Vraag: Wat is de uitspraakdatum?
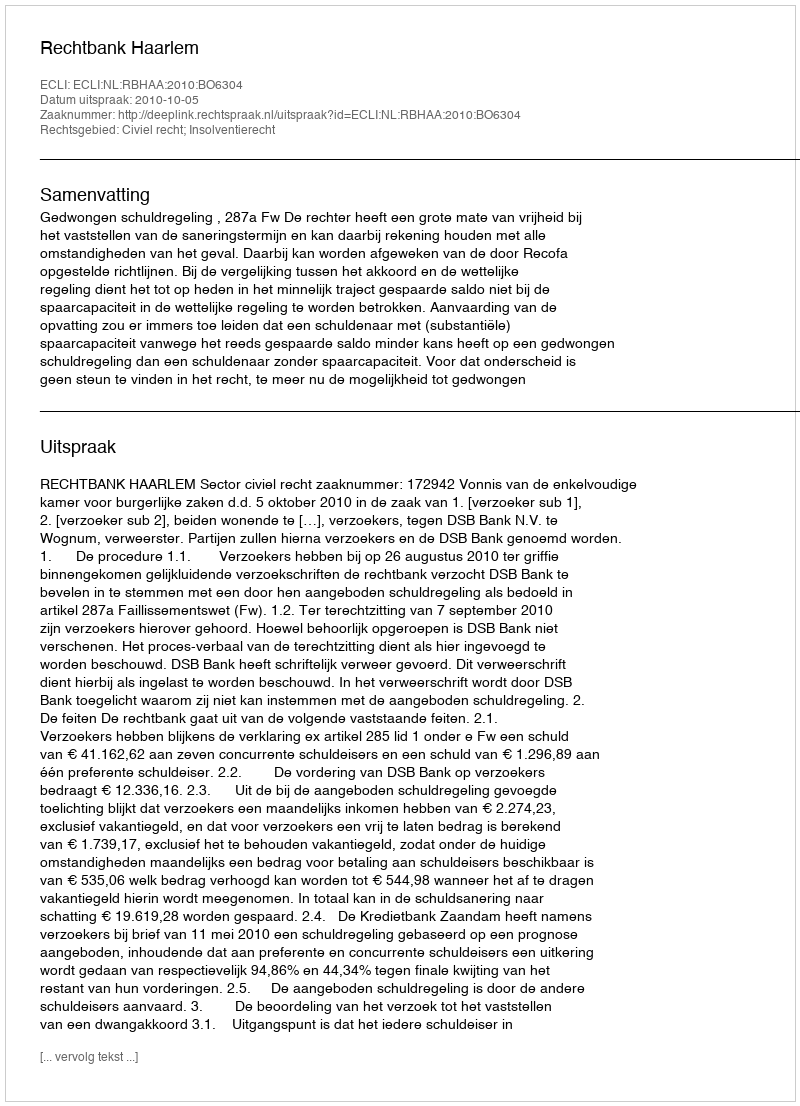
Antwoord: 2010-10-05